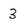
Character: 3